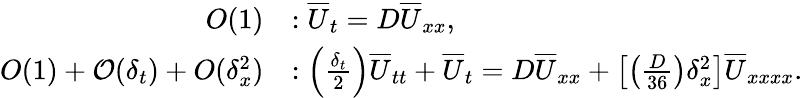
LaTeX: \begin{array}{rl}{O(1)}&{:\overline{{U}}_{t}=D\overline{{U}}_{xx},}\\ {O(1)+\mathcal{O}(\delta_{t})+O(\delta_{x}^{2})}&{:\left(\frac{\delta_{t}}{2}\right)\overline{{U}}_{tt}+\overline{{U}}_{t}=D\overline{{U}}_{xx}+\left[\left(\frac{D}{36}\right)\delta_{x}^{2}\right]\overline{{U}}_{xxxx}.}\end{array}